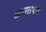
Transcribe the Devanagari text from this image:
असतकर